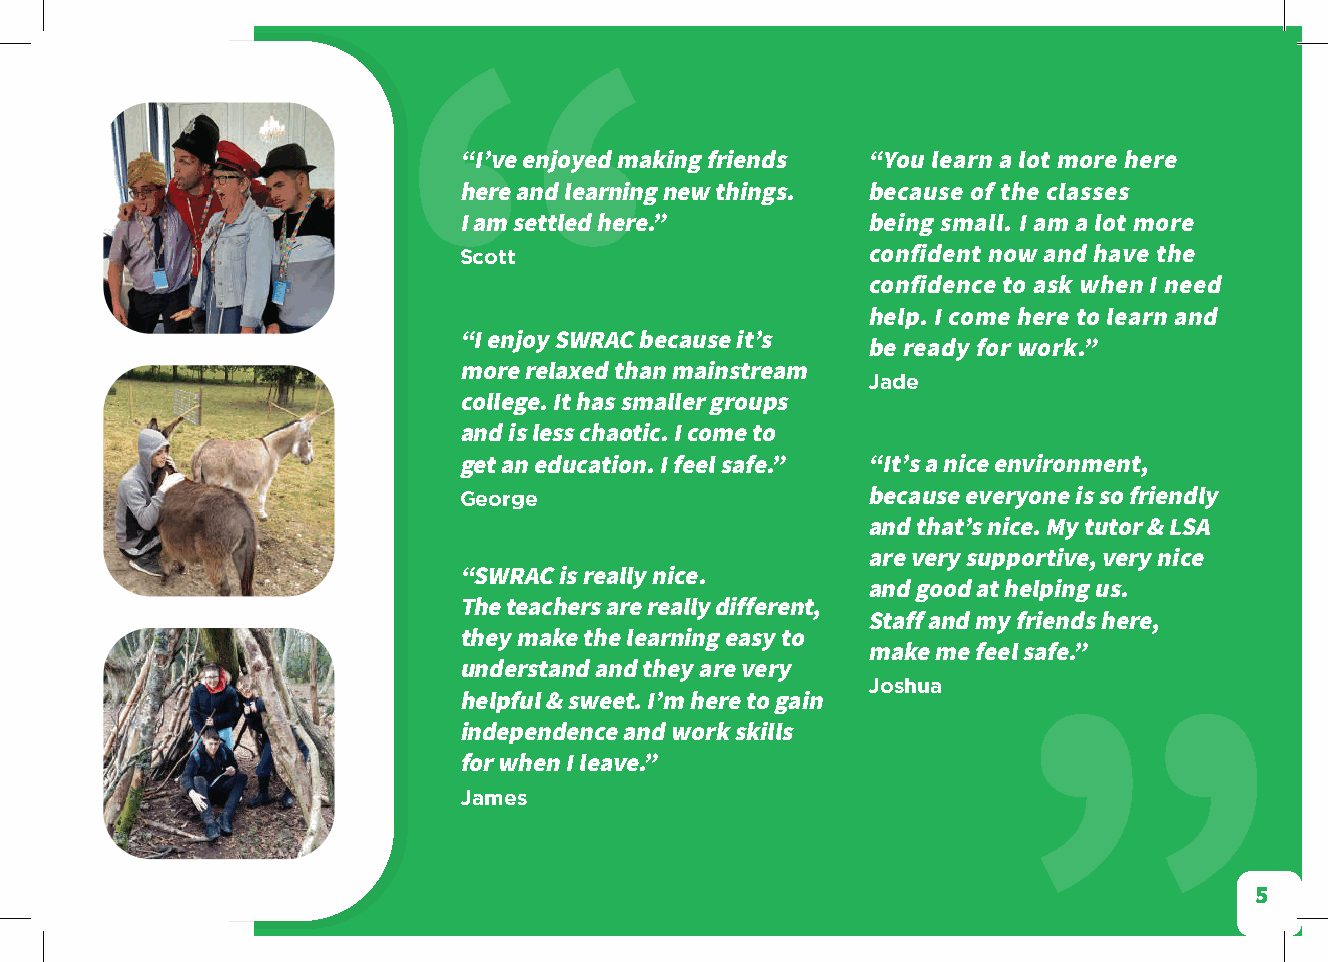
“
 “I’ve enjoyed making friends “You learn a lot more here
 here and learning new things. because of the classes
 I am settled here.”        being small. I am a lot more
 Scott                      confident now and have the
 confidence to ask when I need
 help. I come here to learn and
 “I enjoy SWRAC because it’s
 be ready for work.”
 more relaxed than mainstream
 Jade
 college. It has smaller groups
 and is less chaotic. I come to
 get an education. I feel safe.” “It’s a nice environment,
 George                     because everyone is so friendly
 and that’s nice. My tutor & LSA
 are very supportive, very nice
 “SWRAC is really nice.
 and good at helping us.
 The teachers are really different,
 Staff and my friends here,
 they make the learning easy to
 make me feel safe.”
 understand and they are very
 Joshua
 helpful & sweet. I’m here to gain
 ”
 independence and work skills
 for when I leave.”
 James
 5